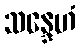
သန္ဒေဟံ